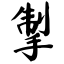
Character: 掣